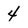
Character: 4